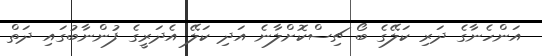
އަންހެނާގެ ދަރި ކަލޭގެ ބޯ ޗިސްކޮށްލާނެ އަދި ކަލޭ އެދަރީގެ ފުންނާބުގައި ދަތް